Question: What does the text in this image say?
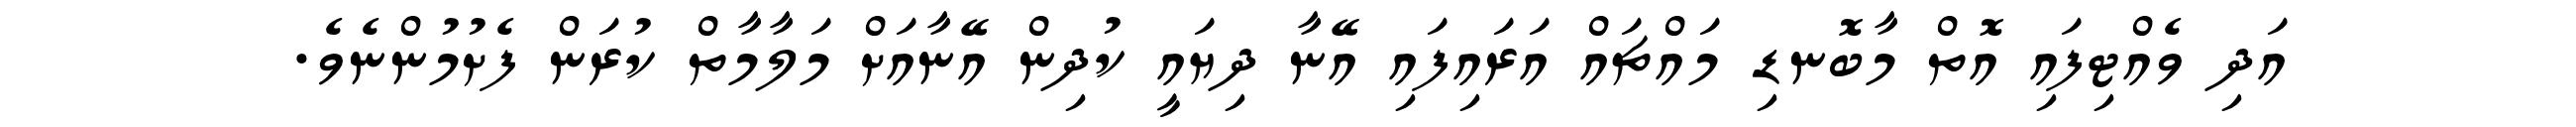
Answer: އަދި ވެއްޓިފައި އޮތް މާބޮނޑި މައްޗައް އަރައިފައި އޭނާ ދިޔައީ ކުދިން އޭނާއަށް މަލާމާތް ކުރަން ފެށުމުންނެވެ.